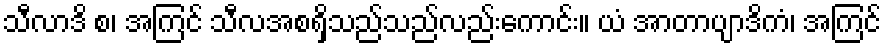
သီလာဒိ စ၊ အကြင် သီလအစရှိသည်သည်လည်းကောင်း။ ယံ အာတာပျာဒိကံ၊ အကြင်